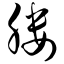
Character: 媵